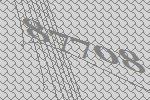
87708